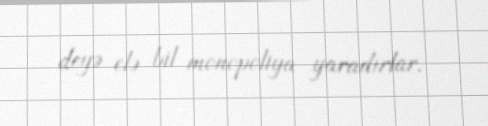
deyə elə bil monopoliya yaradırlar.